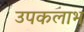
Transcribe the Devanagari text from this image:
उपकलाभ